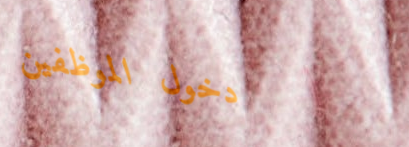
دخول الموظفين